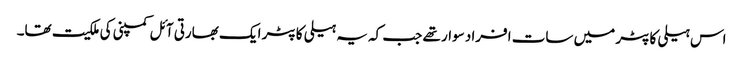
اس ہیلی کاپٹر میں سات افراد سوار تھے جب کہ یہ ہیلی کاپٹر ایک بھارتی آئل کمپنی کی ملکیت تھا۔